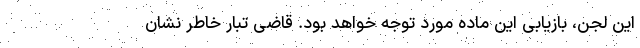
این لجن، بازیابی این ماده مورد توجه خواهد بود. قاضی تبار خاطر نشان